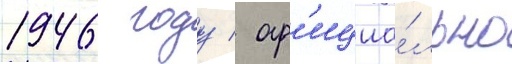
1946 году / оф'ициа́льно